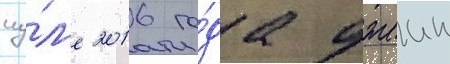
иу́л'е 2016 го́да джеин